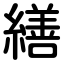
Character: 繕